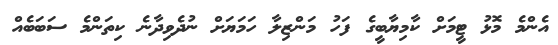
އެންމެ މޮޅު ޓީމަށް ކާމިޔާބީގެ ފަހު މަންޒިލާ ހަމަޔަށް ނުދެވިދާނެ ކިތަންމެ ސަބަބެއް